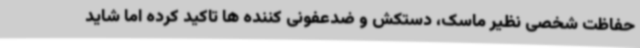
حفاظت شخصی نظیر ماسک، دستکش و ضدعفونی کننده ها تاکید کرده اما شاید